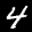
Label: 4